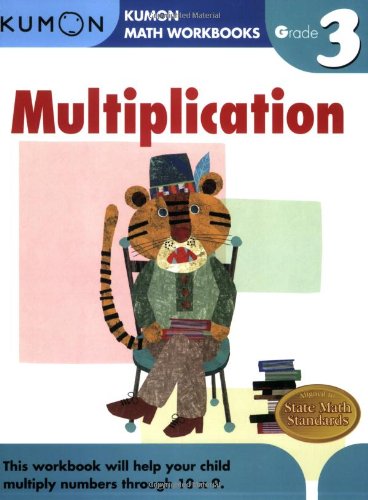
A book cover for Grade 3 Multiplication (Kumon Math Workbooks); Kumon Publishing; Children's Books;